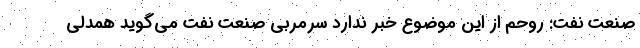
صنعت نفت: روحم از این موضوع خبر ندارد سرمربی صنعت نفت می‌گوید همدلی